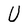
Character: U